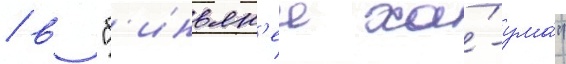
/ в "б'иньян'еи ха́-ума́"